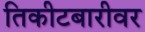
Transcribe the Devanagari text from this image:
तिकीटबारीवर